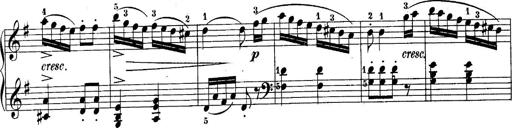
Title: 10 Sonatines progressives
Composer: Anton Schmoll